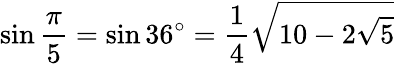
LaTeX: \sin{\frac{\pi}{5}}=\sin 36^{\circ}={\frac{1}{4}}{\sqrt{10-2{\sqrt{5}}}}